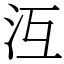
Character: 沍